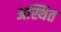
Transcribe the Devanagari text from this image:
अस्थित